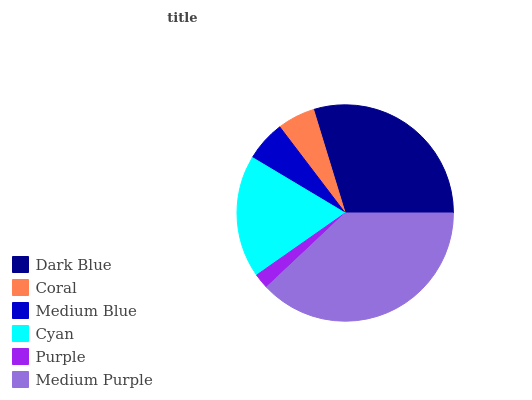
| Dark Blue | Coral | Medium Blue | Cyan | Purple | Medium Purple |
 | --- | --- | --- | --- | --- | --- |
 | 29.7% | 5.61% | 6.07% | 18.3% | 2.29% | 38% |